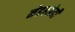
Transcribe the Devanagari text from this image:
नेहरूप्रेमी